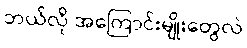
ဘယ်လို အကြောင်းမျိုးတွေလဲ